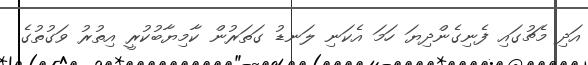
އަދި މެޗުގައި ފެނިގެންދިޔަ ހަމަ އެކަނި ލަނޑު ގަތަރުން ކާމިޔާބުކުރީ އިތުރު ވަގުތުގެ